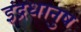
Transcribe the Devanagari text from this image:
इंद्रधानुष